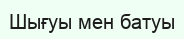
Шығуы мен батуы